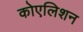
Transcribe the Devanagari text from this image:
कोएलिशन